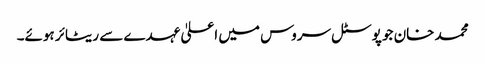
محمد خان جو پوسٹل سروس میں اعلیٰ عہدے سے ریٹائر ہوئے۔